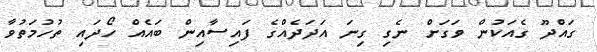
ގައްދޫ ގެއަކުން ވަގަށް ނެގި ގިނަ އަދަދެއްގެ ފައިސާއިން ބައެއް ހޯދައި ތުހުމަތުވާ